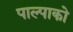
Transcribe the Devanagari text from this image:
पाल्पाको